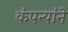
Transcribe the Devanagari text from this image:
कंपन्यांने